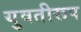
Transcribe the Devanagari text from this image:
युवतीरूप